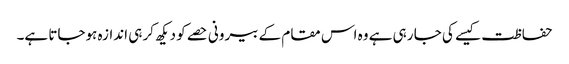
حفاظت کیسے کی جا رہی ہے وہ اس مقام کے بیرونی حصے کو دیکھ کر ہی اندازہ ہوجاتا ہے۔